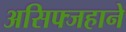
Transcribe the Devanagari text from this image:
असिफ्जहाने